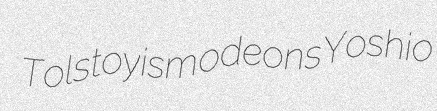
Tolstoyism odeons Yoshio